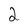
Character: 2